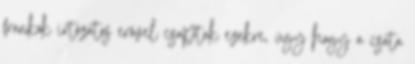
frankok irtózatos erővel csaptak ezekre, úgy hogy a csata